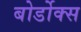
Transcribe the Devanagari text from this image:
बोर्डोक्स